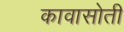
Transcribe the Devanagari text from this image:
कावासोती